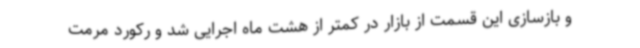
و بازسازی این قسمت از بازار در کمتر از هشت ماه اجرایی شد و رکورد مرمت